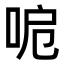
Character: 𠲪